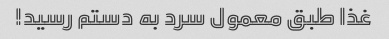
غذا طبق معمول سرد به دستم رسید!